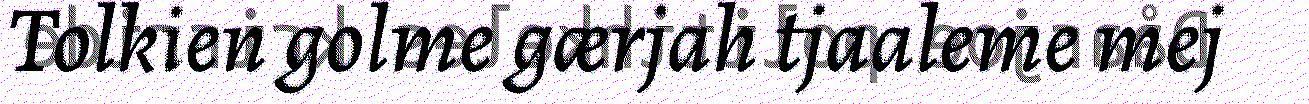
Tolkien golme gærjah tjaaleme mej